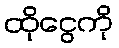
ထိုငွေကို